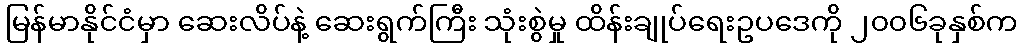
မြန်မာနိုင်ငံမှာ ဆေးလိပ်နဲ့ ဆေးရွက်ကြီး သုံးစွဲမှု ထိန်းချုပ်ရေးဥပဒေကို ၂၀၀၆ခုနှစ်က